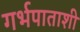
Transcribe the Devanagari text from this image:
गर्भपाताशी